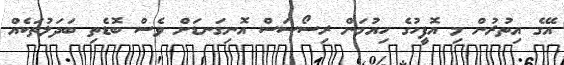
އޭގެ އިތުރުން މި އޮފީހުގެ ހިއުމަން ރިސޯސަސް އޮނިގަނޑަށް ވެސް ބޮޑެތި ބަދަލުތަކެއް